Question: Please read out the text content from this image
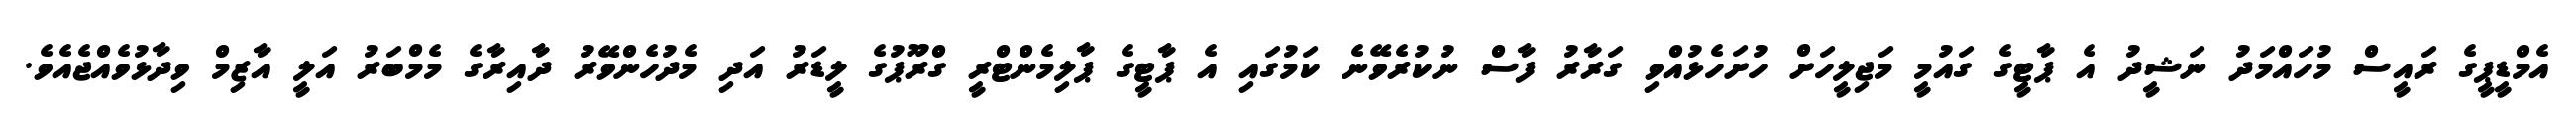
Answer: އެމްޑީޕީގެ ރައީސް މުހައްމަދު ނަޝީދު އެ ޕާޓީގެ ގައުމީ މަޖިލީހަށް ހުށަހެޅުއްވި ގަރާރު ފާސް ނުކުރެވޭނެ ކަމުގައި އެ ޕާޓީގެ ޕާލިމެންޓްރީ ގްރޫޕުގެ ލީޑަރު އަދި މެދުހެންވޭރު ދާއިރާގެ މެމްބަރު އަލީ އާޒިމް ވިދާޅުވެއްޖެއެވެ.